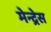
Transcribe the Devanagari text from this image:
मेन्द्रेस